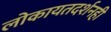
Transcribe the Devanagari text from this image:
लोकायतदर्शनही